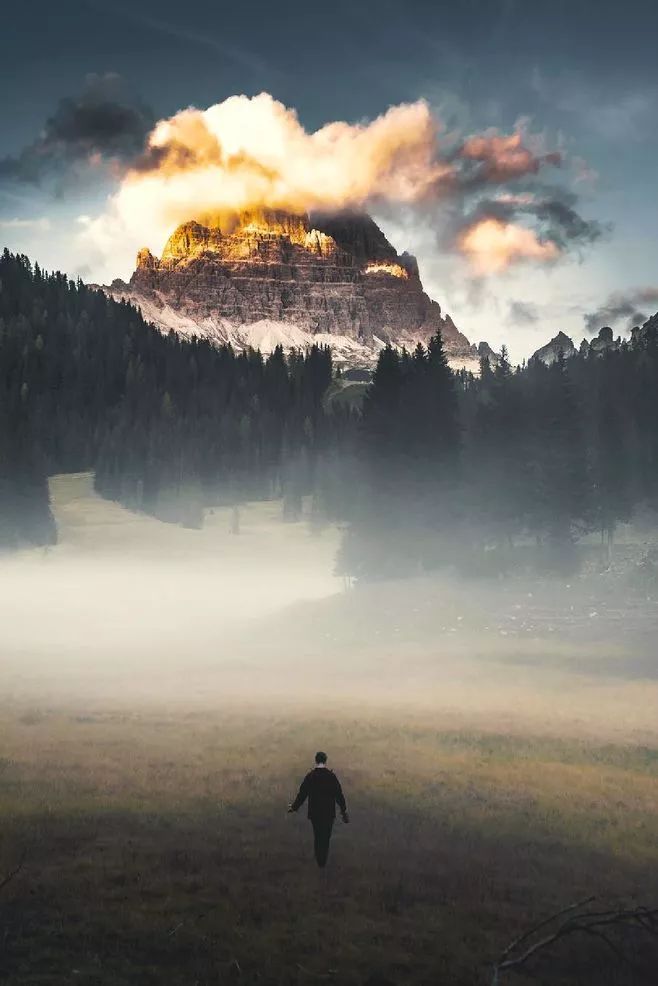
君子和而不流强哉矫。中立而不倚强哉矫。国有道，不变塞焉强哉矫。国无道，至死不变强哉矫。